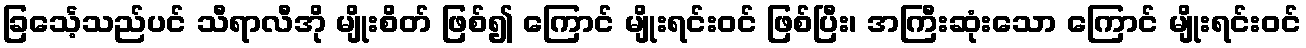
ခြင်္သေ့သည်ပင် သီရာလီအို မျိုးစိတ် ဖြစ်၍ ကြောင် မျိုးရင်းဝင် ဖြစ်ပြီး၊ အကြီးဆုံးသော ကြောင် မျိုးရင်းဝင်